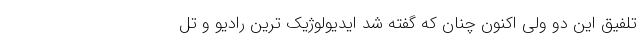
تلفیق این دو ولی اکنون چنان که گفته شد ایدیولوژیک ترین رادیو و تل